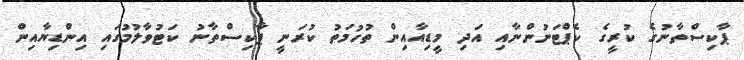
ޕާކިސްތާނުގެ ކުރީގެ ކެޕްޓަނުންނާއި އަދި މީޑިއާއިން ތުހުމަތު ކުރަނީ ޕާކިސްތާނު ކަޓުވާލުމުގައި އިންޑިޔާއިން